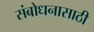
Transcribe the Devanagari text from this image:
संबोधनासाठी